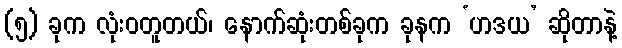
(၅) ခုက လုံးဝတူတယ်၊ နောက်ဆုံးတစ်ခုက ခုနက ‘ဟဒယ’ ဆိုတာနဲ့